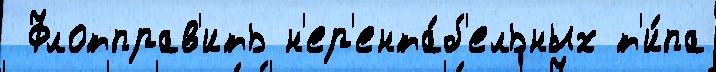
 Флотправ'ить н'ер'ента́б'ельных т'и́па